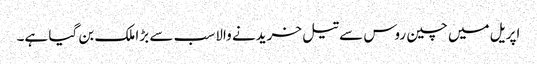
اپریل میں چین روس سے تیل خریدنے والا سب سے بڑا ملک بن گیا ہے۔